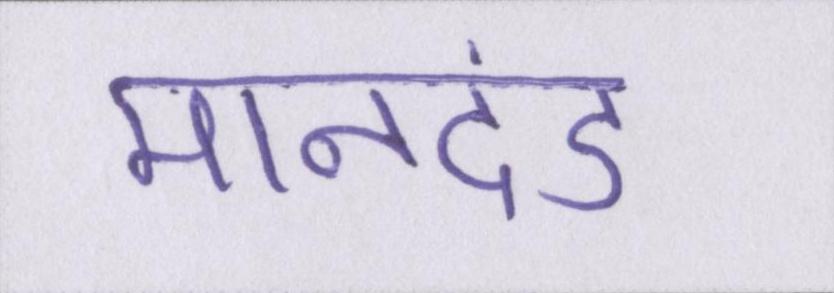
मानदंड